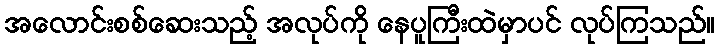
အလောင်းစစ်ဆေးသည့် အလုပ်ကို နေပူကြီးထဲမှာပင် လုပ်ကြသည်။